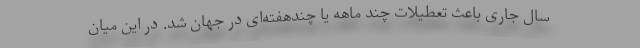
سال جاری باعث تعطیلات چند ماهه یا چندهفته‌ای در جهان شد. در این میان